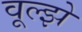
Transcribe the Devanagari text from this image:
वूल्झे